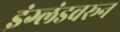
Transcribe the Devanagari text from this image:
इंग्लंडवरून